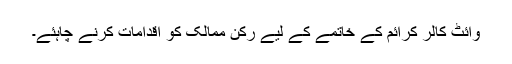
وائٹ کالر کرائم کے خاتمے کے لیے رکن ممالک کو اقدامات کرنے چاہئے۔